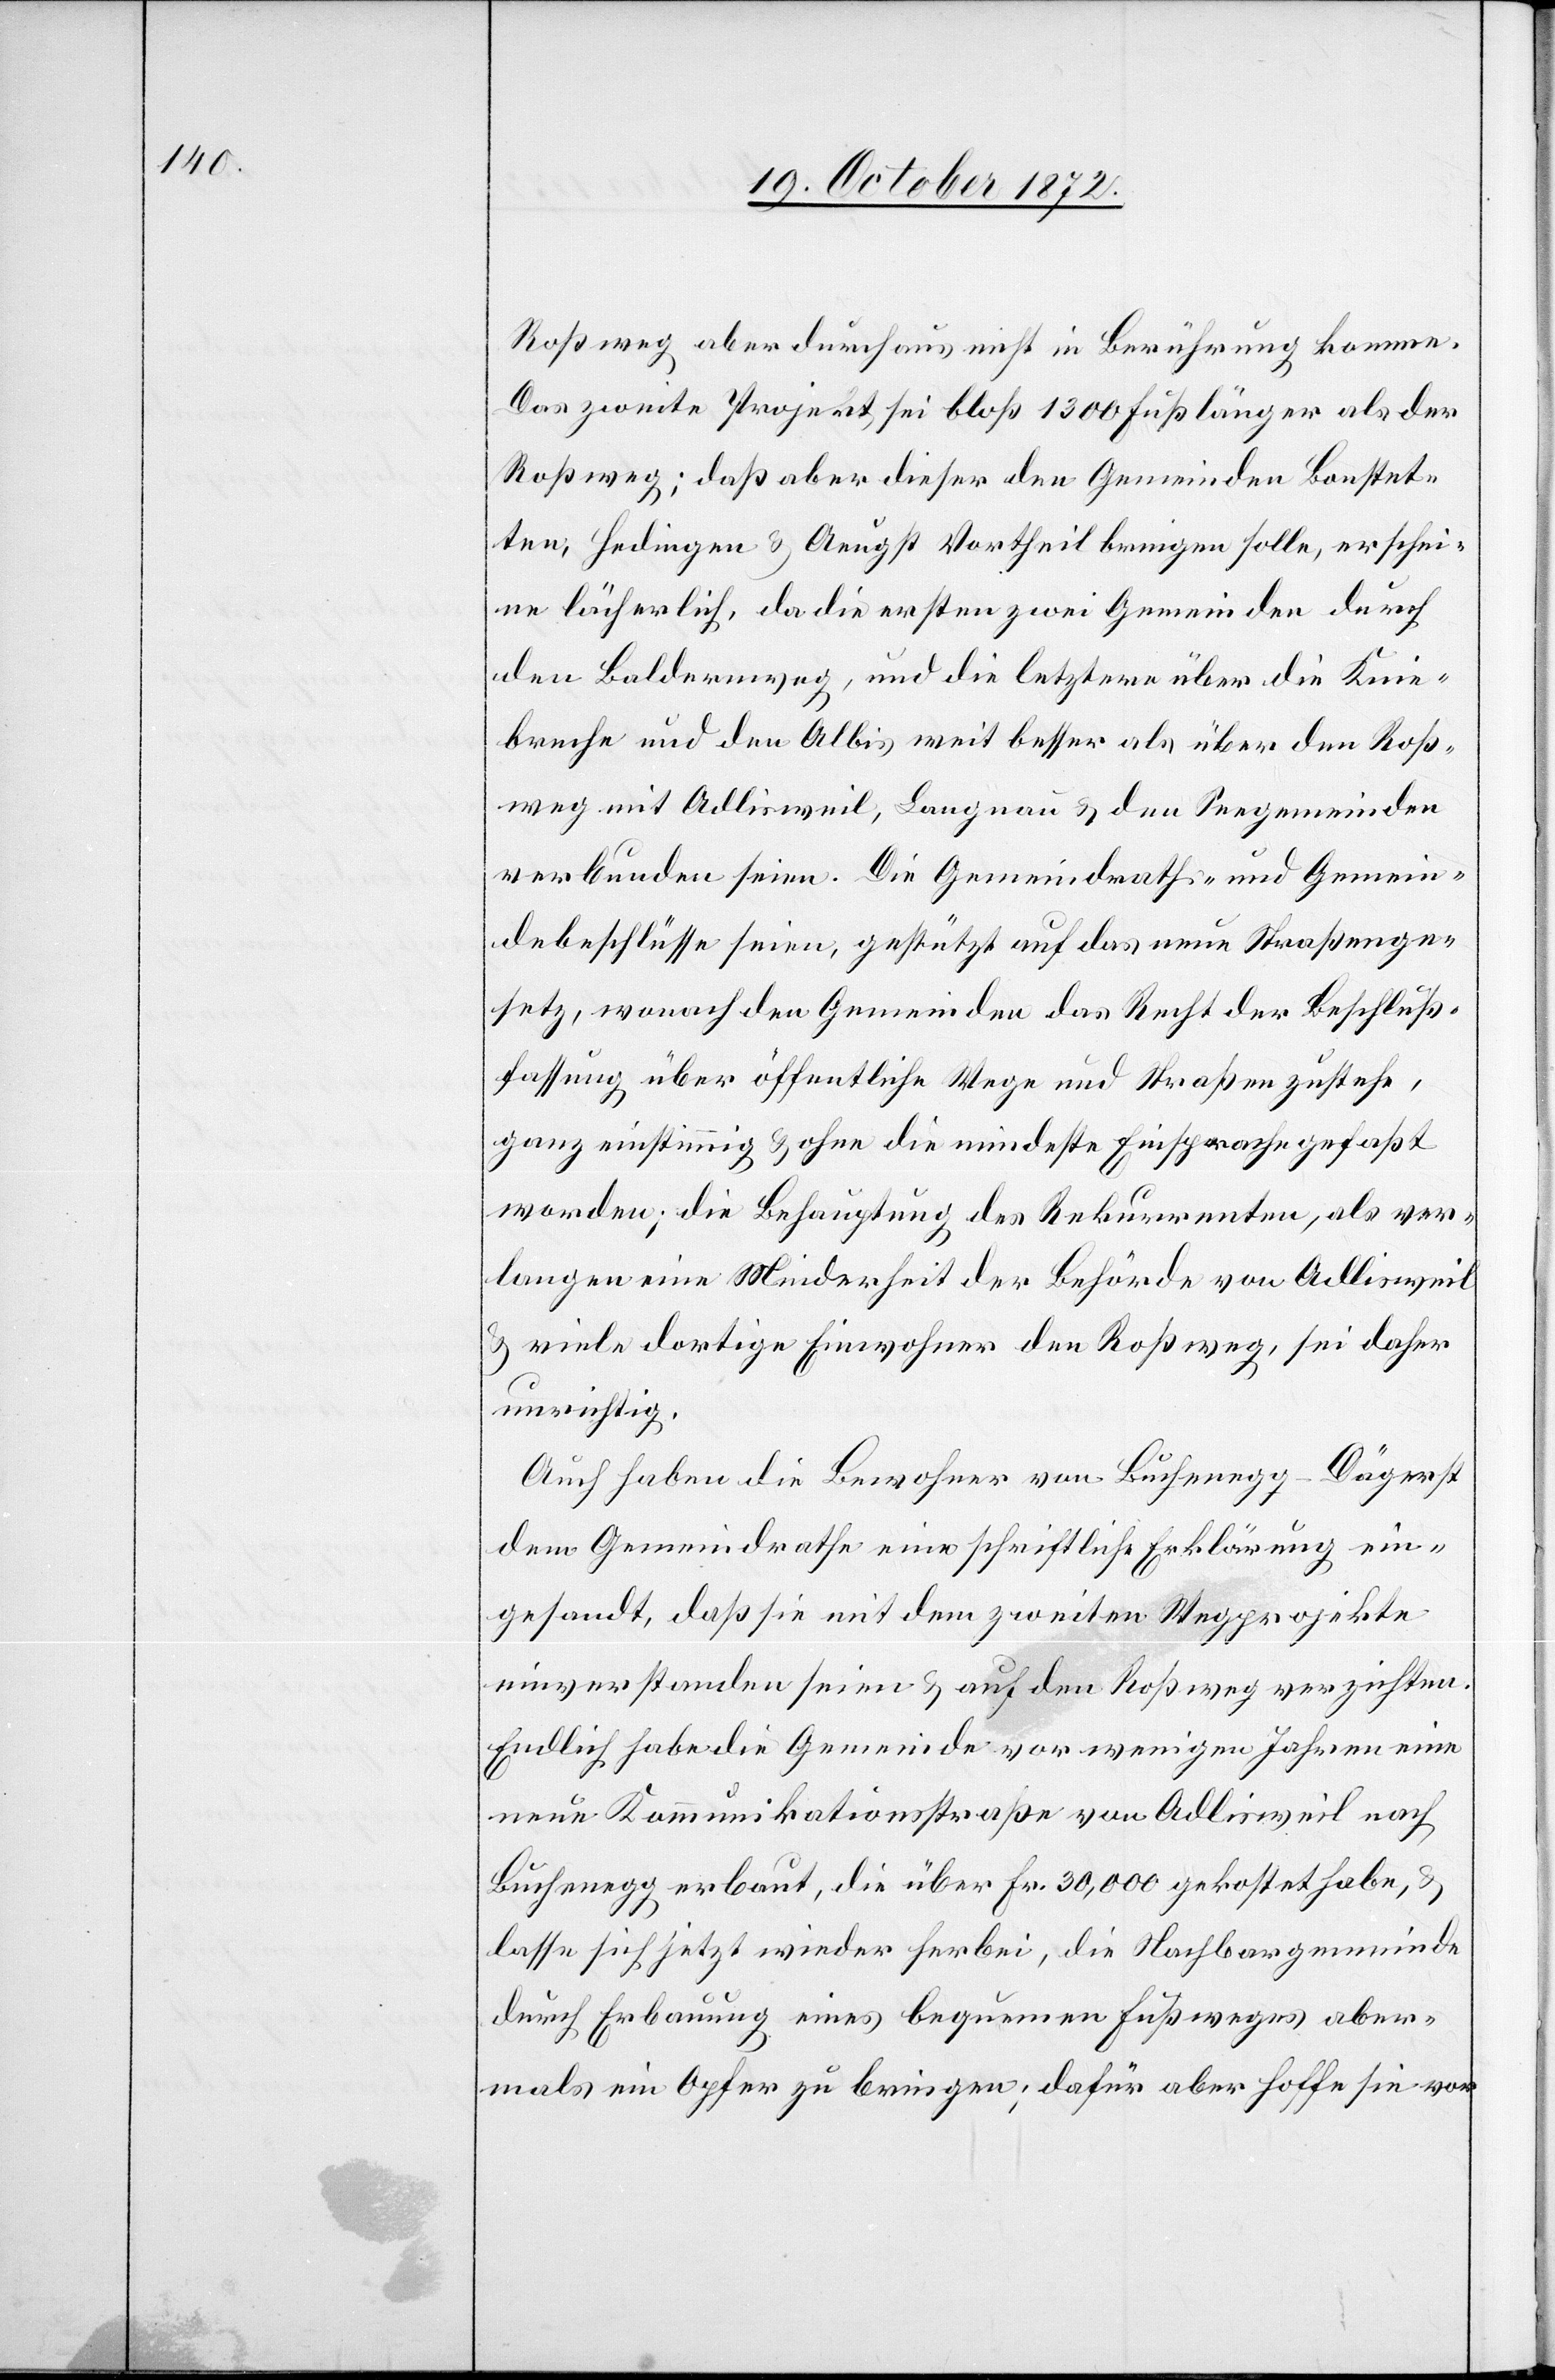
Roßweg aber durchaus nicht in Berührung komme.
Das zweite Projekt sei bloß 1300 Fuß länger als der
Roßweg; daß aber dieser den Gemeinden Bonstet¬
ten, Hedingen u. Aeugst Vortheil bringen solle, erschei¬
ne lächerlich, da die ersten zwei Gemeinden durch
den Baldernweg, und die letztere über die Knie¬
breche und den Albis weit besser als über den Roß¬
weg mit Adlisweil, Langnau u. den Seegemeinden
verbunden seien. Die Gemeindraths- und Gemein¬
debeschlüsse seien, gestützt auf das neue Straßenge¬
setz, wonach den Gemeinden das Recht der Beschluß¬
fassung über öffentliche Wege und Straße zustehe,
ganz einstimmig u. ohne die mindeste Einsprache gefaßt
worden; die Behauptung des Rekurrenten, als ver¬
langen eine Minderheit der Behörde von Adlisweil
u. viele dortige Einwohner de Roßweg, sei daher
unrichtig.
Auch haben die Bewohner von Buchenegg-Dägerst
dem Gemeindrathe eine schriftliche Erklärung ein¬
gesandt, daß sie mit dem zweiten Wegprojekte
einverstanden seien u. auf den Roßweg verzichten.
Endlich habe die Gemeinde vor wenigen Jahren eine
neue Kommunikationsstraße von Adlisweil nach
Buchenegg erbaut, die über Fr. 30,000 gekostet habe,
lasse sich jetzt wieder herbei, die Nachbargemeinde
durch Erbauung eines bequemen Fußweges aber¬
mals ein Opfer zu bringen; dafür aber hoffe sie vor